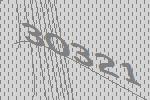
30321